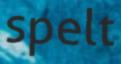
spelt